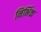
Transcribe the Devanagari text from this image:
निर्भिक